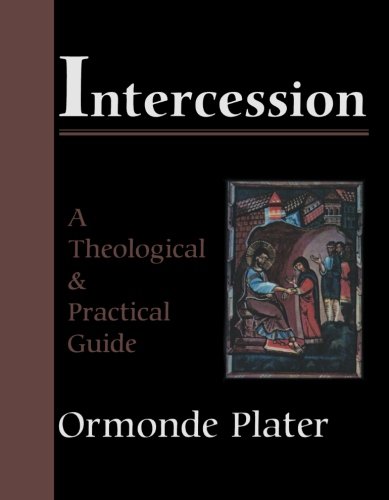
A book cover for Intercession: A Theological and Practical Guide; Ormonde Plater; Christian Books & Bibles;